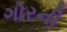
ગોરની